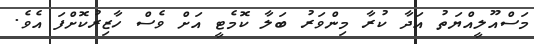
މަސްއޫލީއްޔަތު އަދާ ކުރާ މިންވަރު ބަލާ ކޮމެޓީ އަށް ވެސް ހާޒިރުކޮށްފަ އެވެ.